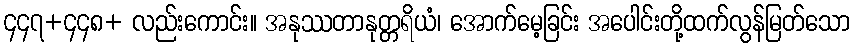
၄၄၇+၄၄၈+ လည်းကောင်း။ အနုဿတာနုတ္တရိယံ၊ အောက်မေ့ခြင်း အပေါင်းတို့ထက်လွန်မြတ်သော